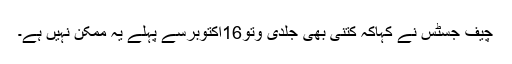
چیف جسٹس نے کہاکہ کتنی بھی جلدی وتو16اکتوبرسے پہلے یہ ممکن نہیں ہے۔